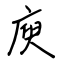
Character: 庾